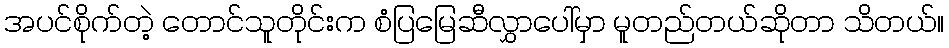
အပင်စိုက်တဲ့ တောင်သူတိုင်းက စံပြမြေဆီလွှာပေါ်မှာ မူတည်တယ်ဆိုတာ သိတယ်။